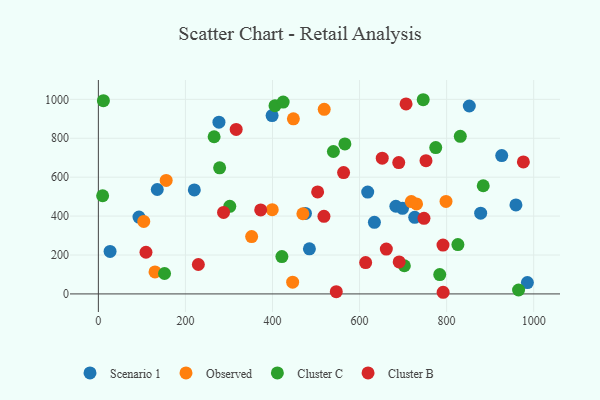
{"axis": {"x": "Study Hours", "y": "Yield"}, "legend": ["Cluster B", "Cluster C", "Observed", "Scenario 1"], "data": [{"x": "683.4", "y": 450.5, "type": "Scenario 1"}, {"x": "277.0", "y": 882.7, "type": "Scenario 1"}, {"x": "475.7", "y": 413.5, "type": "Scenario 1"}, {"x": "618.7", "y": 523.4, "type": "Scenario 1"}, {"x": "878.2", "y": 415.1, "type": "Scenario 1"}, {"x": "399.1", "y": 916.4, "type": "Scenario 1"}, {"x": "220.4", "y": 534.6, "type": "Scenario 1"}, {"x": "959.2", "y": 457.5, "type": "Scenario 1"}, {"x": "726.7", "y": 393.4, "type": "Scenario 1"}, {"x": "634.1", "y": 368.0, "type": "Scenario 1"}, {"x": "26.9", "y": 218.1, "type": "Scenario 1"}, {"x": "484.8", "y": 231.6, "type": "Scenario 1"}, {"x": "926.6", "y": 710.8, "type": "Scenario 1"}, {"x": "852.1", "y": 965.7, "type": "Scenario 1"}, {"x": "135.3", "y": 536.6, "type": "Scenario 1"}, {"x": "698.7", "y": 440.1, "type": "Scenario 1"}, {"x": "93.3", "y": 395.0, "type": "Scenario 1"}, {"x": "985.5", "y": 58.4, "type": "Scenario 1"}, {"x": "399.4", "y": 432.8, "type": "Observed"}, {"x": "448.0", "y": 899.6, "type": "Observed"}, {"x": "130.1", "y": 112.9, "type": "Observed"}, {"x": "730.9", "y": 462.7, "type": "Observed"}, {"x": "718.9", "y": 474.4, "type": "Observed"}, {"x": "518.8", "y": 948.8, "type": "Observed"}, {"x": "104.3", "y": 372.4, "type": "Observed"}, {"x": "798.6", "y": 475.1, "type": "Observed"}, {"x": "469.8", "y": 411.9, "type": "Observed"}, {"x": "446.3", "y": 60.5, "type": "Observed"}, {"x": "352.1", "y": 294.8, "type": "Observed"}, {"x": "155.8", "y": 583.1, "type": "Observed"}, {"x": "278.6", "y": 647.8, "type": "Cluster C"}, {"x": "539.9", "y": 732.0, "type": "Cluster C"}, {"x": "265.9", "y": 807.7, "type": "Cluster C"}, {"x": "965.3", "y": 20.1, "type": "Cluster C"}, {"x": "11.6", "y": 993.3, "type": "Cluster C"}, {"x": "405.8", "y": 967.4, "type": "Cluster C"}, {"x": "746.2", "y": 998.0, "type": "Cluster C"}, {"x": "301.9", "y": 450.2, "type": "Cluster C"}, {"x": "825.9", "y": 253.7, "type": "Cluster C"}, {"x": "152.0", "y": 105.0, "type": "Cluster C"}, {"x": "9.8", "y": 504.6, "type": "Cluster C"}, {"x": "424.5", "y": 985.7, "type": "Cluster C"}, {"x": "421.6", "y": 192.0, "type": "Cluster C"}, {"x": "831.4", "y": 809.7, "type": "Cluster C"}, {"x": "784.2", "y": 99.4, "type": "Cluster C"}, {"x": "884.1", "y": 556.0, "type": "Cluster C"}, {"x": "775.0", "y": 752.2, "type": "Cluster C"}, {"x": "566.3", "y": 770.7, "type": "Cluster C"}, {"x": "702.9", "y": 144.7, "type": "Cluster C"}, {"x": "563.3", "y": 623.5, "type": "Cluster B"}, {"x": "706.8", "y": 976.4, "type": "Cluster B"}, {"x": "791.7", "y": 251.0, "type": "Cluster B"}, {"x": "229.7", "y": 151.2, "type": "Cluster B"}, {"x": "614.0", "y": 160.9, "type": "Cluster B"}, {"x": "109.4", "y": 214.2, "type": "Cluster B"}, {"x": "546.5", "y": 11.6, "type": "Cluster B"}, {"x": "976.3", "y": 678.3, "type": "Cluster B"}, {"x": "690.0", "y": 674.9, "type": "Cluster B"}, {"x": "372.9", "y": 431.6, "type": "Cluster B"}, {"x": "748.0", "y": 388.3, "type": "Cluster B"}, {"x": "518.2", "y": 398.5, "type": "Cluster B"}, {"x": "691.0", "y": 164.4, "type": "Cluster B"}, {"x": "287.6", "y": 418.9, "type": "Cluster B"}, {"x": "316.6", "y": 845.4, "type": "Cluster B"}, {"x": "652.1", "y": 697.6, "type": "Cluster B"}, {"x": "503.7", "y": 523.9, "type": "Cluster B"}, {"x": "752.6", "y": 684.7, "type": "Cluster B"}, {"x": "792.0", "y": 8.4, "type": "Cluster B"}, {"x": "661.5", "y": 230.5, "type": "Cluster B"}]}